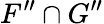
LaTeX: F^{\prime\prime}\cap G^{\prime\prime}